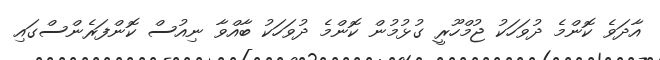
އާދަވެ ކޮންމެ ދުވަހަކު ޖުމްހޫރީ ގުޅުމުން ކޮންމެ ދުވަހަކު ބާއްވާ ނިއުސް ކޮންފަރެންސްގައި